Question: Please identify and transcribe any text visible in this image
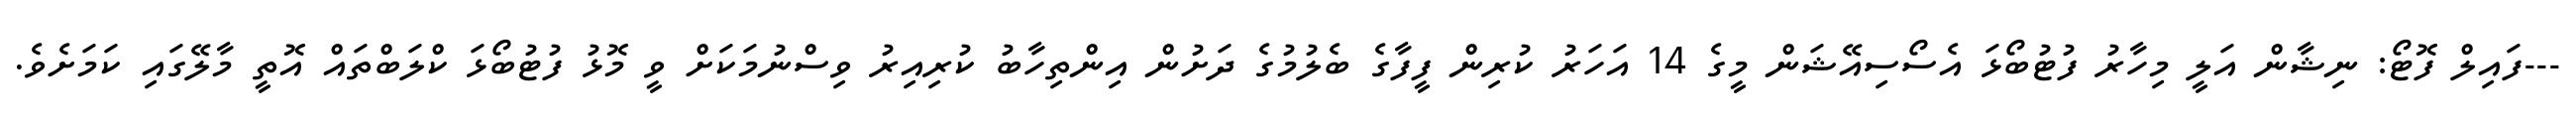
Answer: ---ފައިލް ފޮޓޯ: ނިޝާން އަލީ މިހާރު ފުޓުބޯޅަ އެސޯސިއޭޝަން މީގެ 14 އަހަރު ކުރިން ފީފާގެ ބެލުމުގެ ދަށުން އިންތިހާބު ކުރިއިރު ވިސްނުމަކަށް ވީ މޮޅު ފުޓުބޯޅަ ކްލަބްތައް އޮތީ މާލޭގައި ކަމަށެވެ.